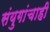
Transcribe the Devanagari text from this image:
संयुगांचाही